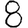
Digit: 8